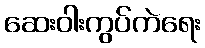
ဆေးဝါးကွပ်ကဲရေး